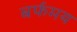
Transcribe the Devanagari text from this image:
बर्फमय